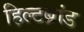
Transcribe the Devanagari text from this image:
हिल्टब्रांड